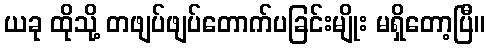
ယခု ထိုသို့ တဖျပ်ဖျပ်တောက်ပခြင်းမျိုး မရှိတော့ပြီ။